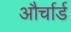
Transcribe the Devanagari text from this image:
और्चार्ड